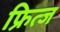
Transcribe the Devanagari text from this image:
फ्रित्ज